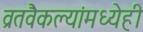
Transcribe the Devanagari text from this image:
व्रतवैकल्यांमध्येही